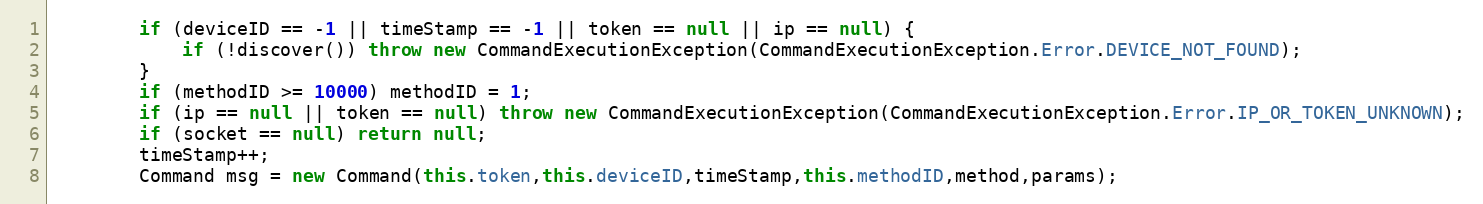
Language: Java
        if (deviceID == -1 || timeStamp == -1 || token == null || ip == null) {
            if (!discover()) throw new CommandExecutionException(CommandExecutionException.Error.DEVICE_NOT_FOUND);
        }
        if (methodID >= 10000) methodID = 1;
        if (ip == null || token == null) throw new CommandExecutionException(CommandExecutionException.Error.IP_OR_TOKEN_UNKNOWN);
        if (socket == null) return null;
        timeStamp++;
        Command msg = new Command(this.token,this.deviceID,timeStamp,this.methodID,method,params);